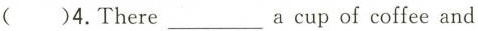
()4.There \underline a cup of coffee and